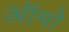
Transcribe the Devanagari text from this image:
ऑमो